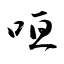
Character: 咺